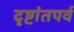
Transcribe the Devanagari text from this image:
दृष्टांतपर्व